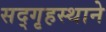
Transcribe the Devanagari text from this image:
सद्‌गृहस्थाने